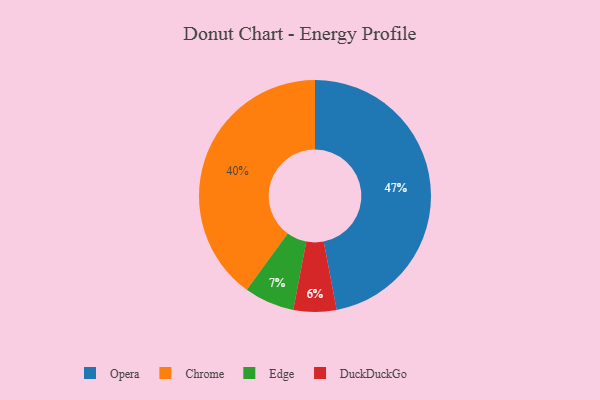
{"axis": {"x": "Category", "y": "Percentage"}, "legend": ["Chrome", "DuckDuckGo", "Edge", "Opera"], "data": [{"x": "DuckDuckGo", "y": 6, "type": "DuckDuckGo"}, {"x": "Chrome", "y": 40, "type": "Chrome"}, {"x": "Opera", "y": 47, "type": "Opera"}, {"x": "Edge", "y": 7, "type": "Edge"}]}